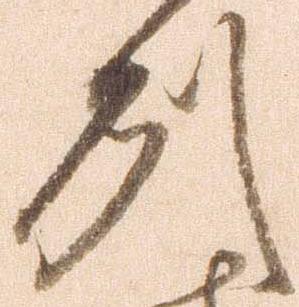
州